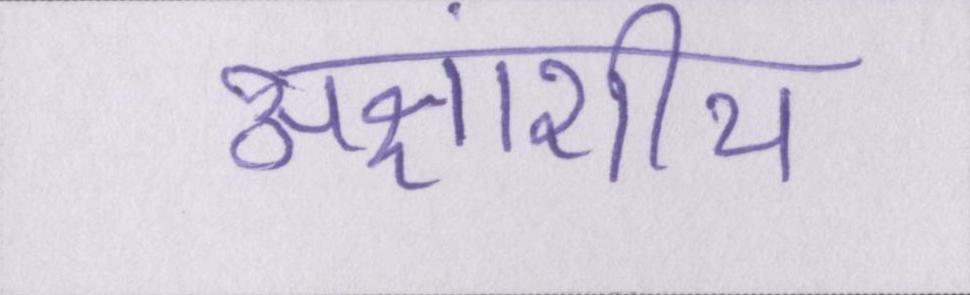
अक्षांशीय